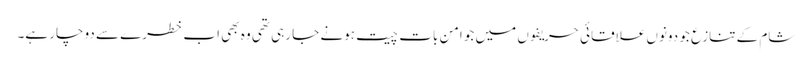
شام کے تنازع جو دونوں علاقائی حریفوں میں جو امن بات چیت ہونے جا رہی تھی وہ بھی اب خطرے سے دوچار ہے۔